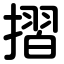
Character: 摺